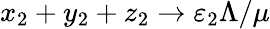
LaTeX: x_{2}+y_{2}+z_{2}\to\varepsilon_{2}\Lambda/\mu